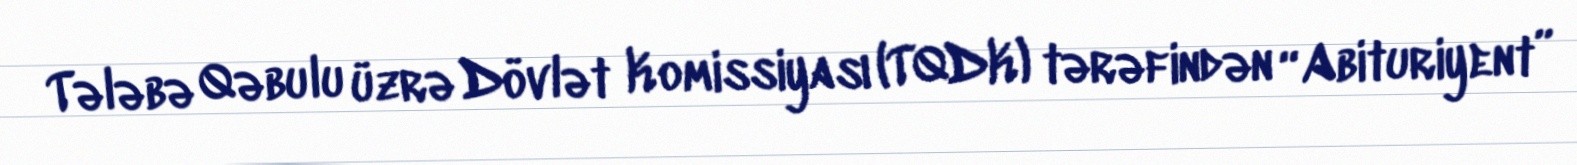
Tələbə Qəbulu üzrə Dövlət Komissiyası (TQDK) tərəfindən “Abituriyent”